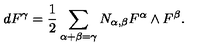
d F ^ { \gamma } = \frac { 1 } { 2 } \sum _ { \alpha + \beta = \gamma } N _ { \alpha , \beta } F ^ { \alpha } \wedge F ^ { \beta } .